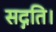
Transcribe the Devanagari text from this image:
सद्गति।